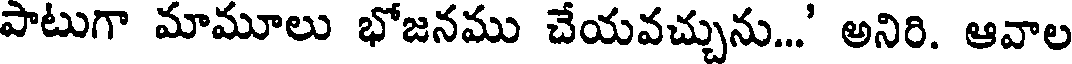
పాటుగా మామూలు భోజనము చేయవచ్చును...' అనిరి. ఆవాల